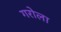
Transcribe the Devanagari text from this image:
गरोला